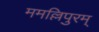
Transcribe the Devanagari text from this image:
ममल्लिपुरम्